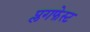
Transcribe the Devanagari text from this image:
प्लगफेस्ट